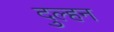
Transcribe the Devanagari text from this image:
दुल्‍हन